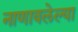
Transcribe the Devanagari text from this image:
नाणावलेल्या